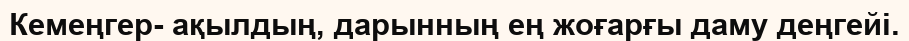
Кемеңгер- ақылдың, дарынның ең жоғарғы даму деңгейі.